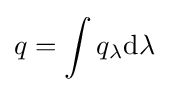
q=\int q_{\lambda }\mathrm {d} \lambda